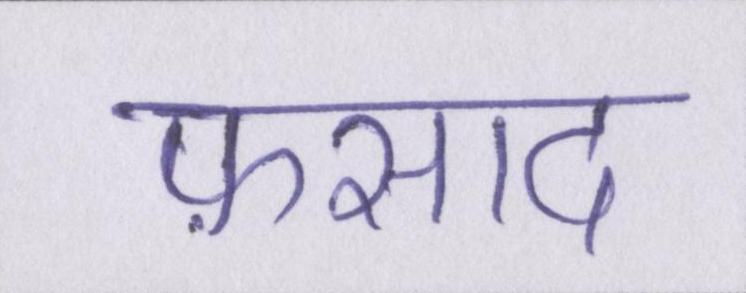
फ़साद